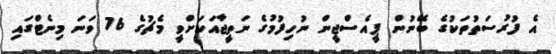
އެ ފުރުސަތުތަކުގެ ބޭނުން ޕީއެސްޖީން ނުހިފުމުގެ ނަތީޖާއަކަށްވީ މެޗުގެ 76 ވަނަ މިނެޓްގައި